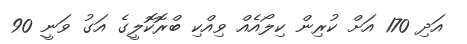
އަދި 170 އަށް ކުރިން ކިލޯއެއް ވިއްކި ބްރޮކޮލީގެ އަގު ވަނީ 90